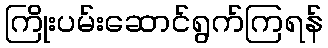
ကြိုးပမ်းဆောင်ရွက်ကြရန်